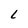
Character: L